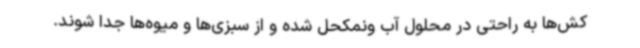
کش‌ها به راحتی در محلول آب ونمکحل شده و از سبزی‌ها و میوه‌ها جدا شوند.